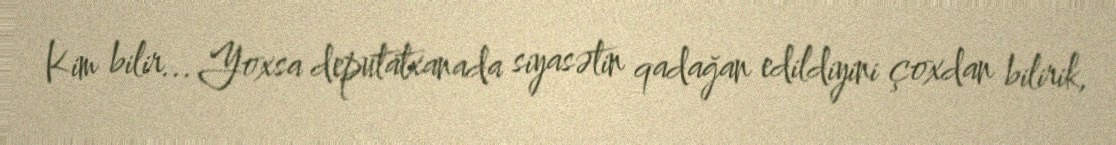
Kim bilir... Yoxsa deputatxanada siyasətin qadağan edildiyini çoxdan bilirik,